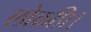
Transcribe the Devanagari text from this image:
लोकप्रि।